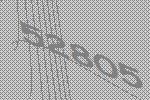
52805